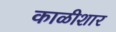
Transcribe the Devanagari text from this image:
काळीशार